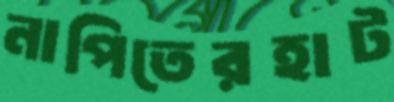
নাপিতেরহাট